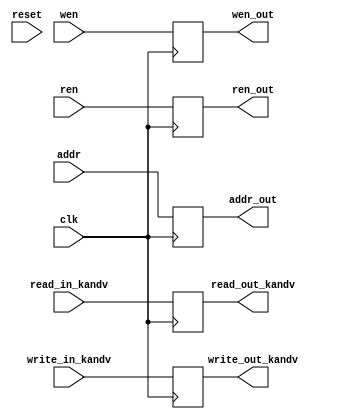
module port_register #(parameter index_width = 8, parameter  data_width = 64, parameter processing_engines = 4) (
    input clk,
    input reset,
    input [data_width-1:0] write_in_kandv,
    input [data_width-1:0] read_in_kandv,
    input [index_width-1:0]addr,
    input wen,
    input ren,
    output reg [data_width-1:0] read_out_kandv,
    output reg[data_width-1:0] write_out_kandv,
    output reg wen_out,
    output reg ren_out,
    output reg [index_width-1:0]addr_out
);

// reg [data_width-1:0] read_reg, write_reg;
// reg wen_reg,ren_reg;
// reg [index_width-1:0] addr_reg;

// assign write_out_kandv[data_width-1:0] = write_reg[data_width-1:0];
// assign read_out_kandv[data_width-1:0] = read_reg[data_width-1:0]; 
// assign wen_out = wen_reg;
// assign ren_out = ren_reg;
// assign addr_out[index_width-1:0] = addr_reg[index_width-1:0]

always @(posedge clk) begin
    
    read_out_kandv <= read_in_kandv;
    write_out_kandv <= write_in_kandv;
    wen_out <= wen;
    ren_out <= ren;
    addr_out <= addr;
    
end
endmodule